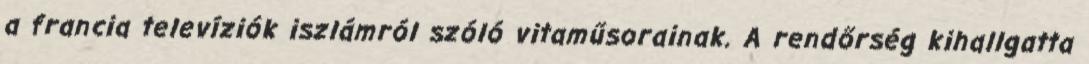
a francia televíziók iszlámról szóló vitaműsorainak. A rendőrség kihallgatta